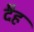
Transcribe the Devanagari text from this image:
दैह